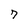
Character: 7